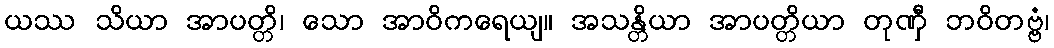
ယဿ သိယာ အာပတ္တိ၊ သော အာဝိကရေယျ။ အသန္တိယာ အာပတ္တိယာ တုဏှီ ဘဝိတဗ္ဗံ၊